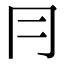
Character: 冃